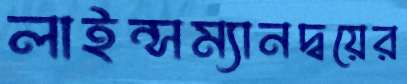
লাইন্সম্যানদ্বয়ের